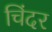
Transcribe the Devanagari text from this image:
चिंदर